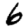
Digit: 6